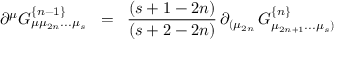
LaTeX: \partial ^ { \mu } { \cal { G } } _ { \mu \mu _ { 2 n } . . . \mu _ { s } } ^ { \{ n - 1 \} } \; \; = \; \; { \frac { ( s + 1 - 2 n ) } { ( s + 2 - 2 n ) } } \, \partial _ { ( \mu _ { 2 n } } \, { \cal { G } } _ { \mu _ { 2 n + 1 } . . . \mu _ { s } ) } ^ { \{ n \} }